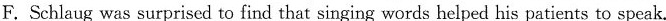
F.Schlaug was surprised to find that singing words helped his patients to speak.